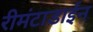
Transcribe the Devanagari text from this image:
रीमंटाडाईन